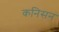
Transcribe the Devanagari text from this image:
कनिसन